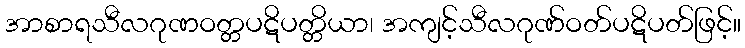
အာစာရသီလဂုဏဝတ္တပဋိပတ္တိယာ၊ အကျင့်သီလဂုဏ်ဝတ်ပဋိပတ်ဖြင့်။